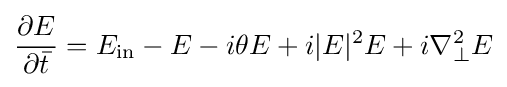
{\frac {\partial E}{\partial {\bar {t}}}}=E_{\text{in}}-E-i\theta E+i|E|^{2}E+i\nabla _{\perp }^{2}E